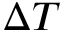
\Delta T